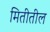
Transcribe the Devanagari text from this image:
मितीतील